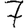
Digit: 7